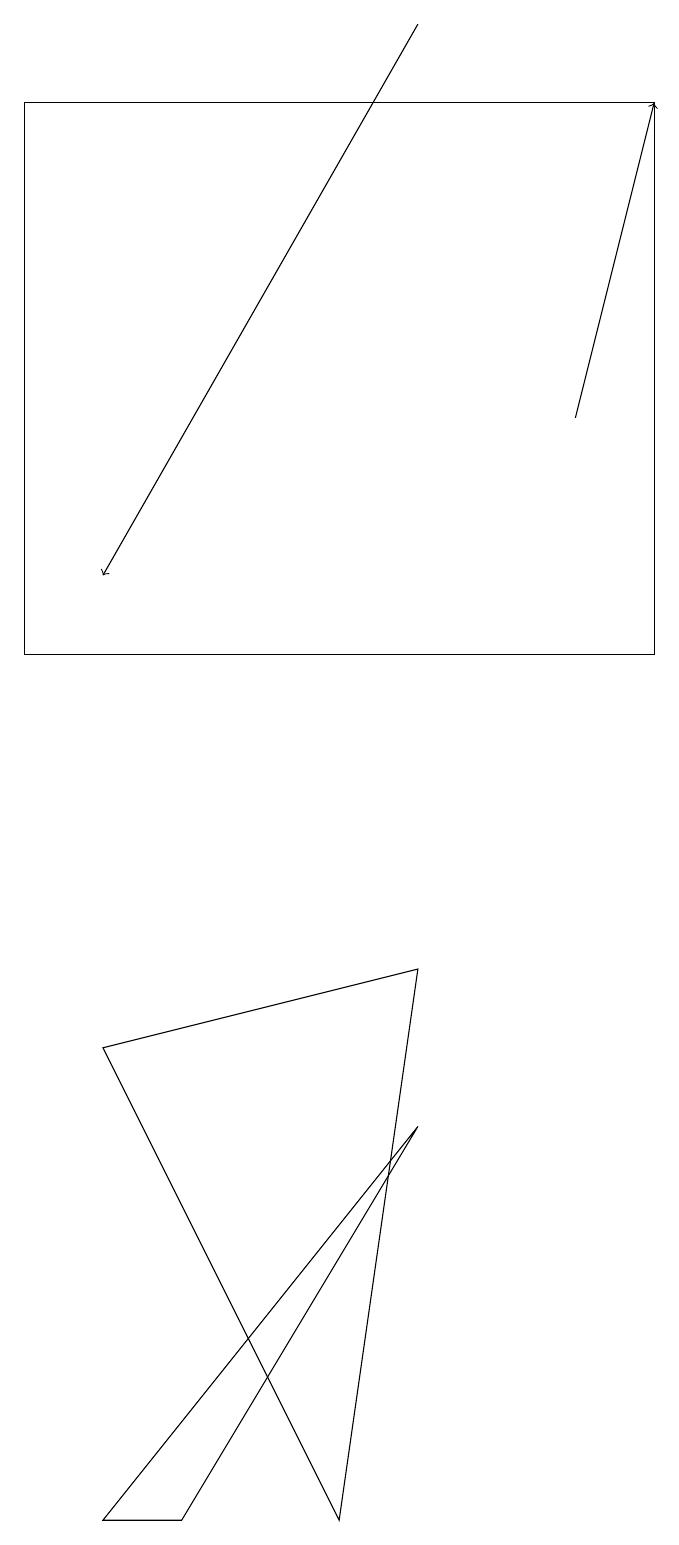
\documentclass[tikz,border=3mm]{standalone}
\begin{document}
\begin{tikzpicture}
\draw (3,0) -- (2,0) -- (6,5) -- cycle;
\draw[->] (8,14) -- (9,18);
\draw (1,18) rectangle (9,11);
\draw (5,0) -- (2,6) -- (6,7) -- cycle;
\draw[->] (6,19) -- (2,12);
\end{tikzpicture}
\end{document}